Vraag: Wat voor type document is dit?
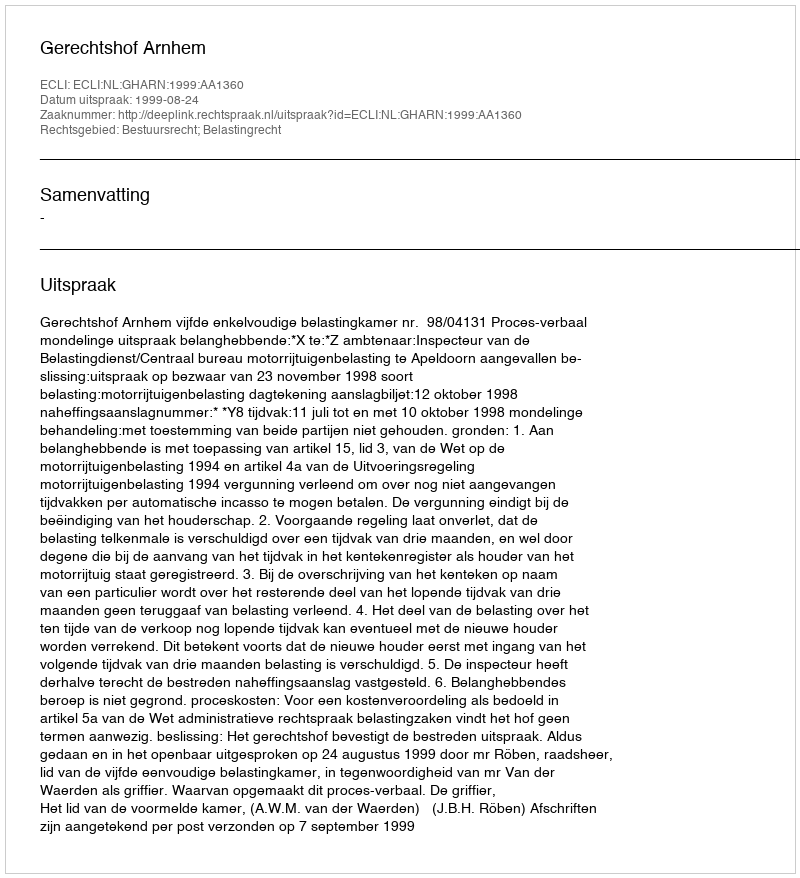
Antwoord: Uitspraak